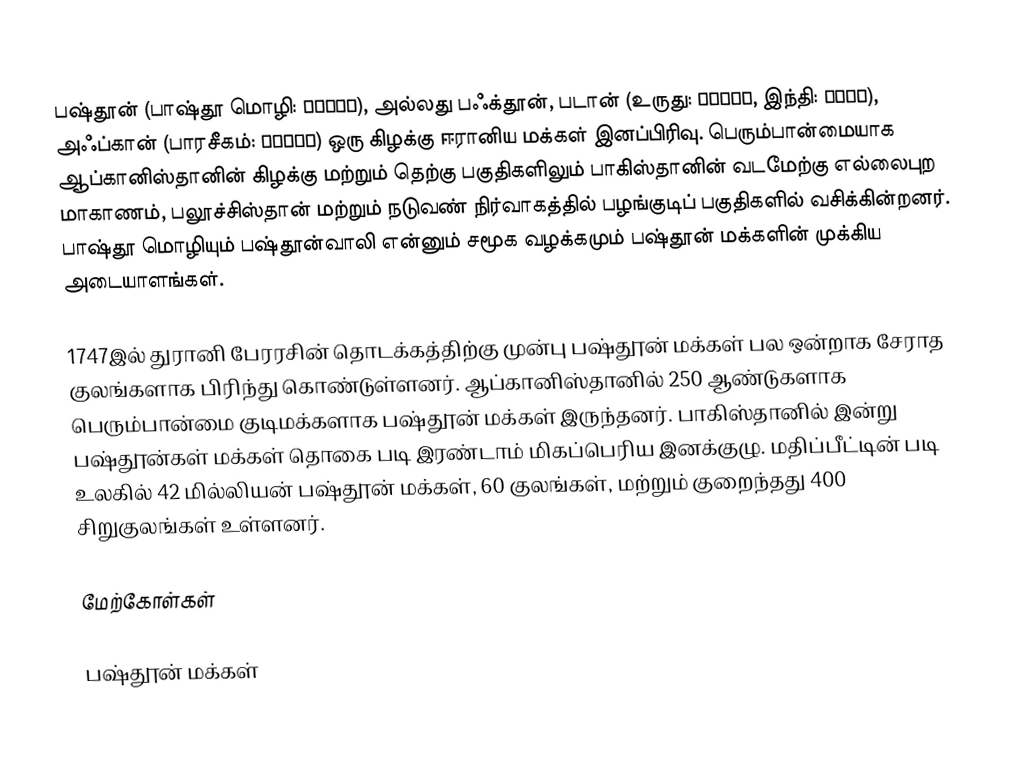
பஷ்தூன் (பாஷ்தூ மொழி: پښتون), அல்லது பஃக்தூன், படான் (உருது: پٹھان, இந்தி: पठान), அஃப்கான் (பாரசீகம்: افغان) ஒரு கிழக்கு ஈரானிய மக்கள் இனப்பிரிவு. பெரும்பான்மையாக ஆப்கானிஸ்தானின் கிழக்கு மற்றும் தெற்கு பகுதிகளிலும் பாகிஸ்தானின் வடமேற்கு எல்லைபுற மாகாணம், பலூச்சிஸ்தான் மற்றும் நடுவண் நிர்வாகத்தில் பழங்குடிப் பகுதிகளில் வசிக்கின்றனர். பாஷ்தூ மொழியும் பஷ்தூன்வாலி என்னும் சமூக வழக்கமும் பஷ்தூன் மக்களின் முக்கிய அடையாளங்கள்.

1747இல் துரானி பேரரசின் தொடக்கத்திற்கு முன்பு பஷ்தூன் மக்கள் பல ஒன்றாக சேராத குலங்களாக பிரிந்து கொண்டுள்ளனர். ஆப்கானிஸ்தானில் 250 ஆண்டுகளாக பெரும்பான்மை குடிமக்களாக பஷ்தூன் மக்கள் இருந்தனர். பாகிஸ்தானில் இன்று பஷ்தூன்கள் மக்கள் தொகை படி இரண்டாம் மிகப்பெரிய இனக்குழு. மதிப்பீட்டின் படி உலகில் 42 மில்லியன் பஷ்தூன் மக்கள், 60 குலங்கள், மற்றும் குறைந்தது 400 சிறுகுலங்கள் உள்ளனர்.

மேற்கோள்கள்

பஷ்தூன் மக்கள்